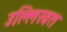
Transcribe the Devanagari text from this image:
उल्लिखत